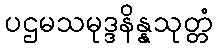
ပဌမသမုဒ္ဒနိန္နသုတ္တံ